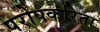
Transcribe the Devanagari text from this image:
परोपकरिता